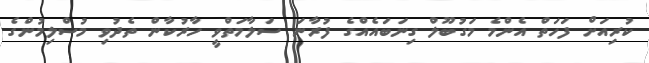
ކުރިއަށް ފަހަތް އެންމެ މަގުބޫލް ގިނަބައެއްގެ ފުރާނަ ސަލާމަތްވީ ހާރުކާން ތެދުވި މުސްލިމުންގެ